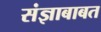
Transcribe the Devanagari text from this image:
संज्ञाबाबत